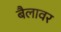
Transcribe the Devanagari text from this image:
बैलावर